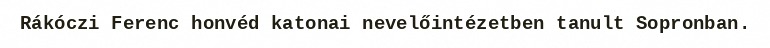
Rákóczi Ferenc honvéd katonai nevelőintézetben tanult Sopronban.